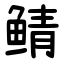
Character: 鲭